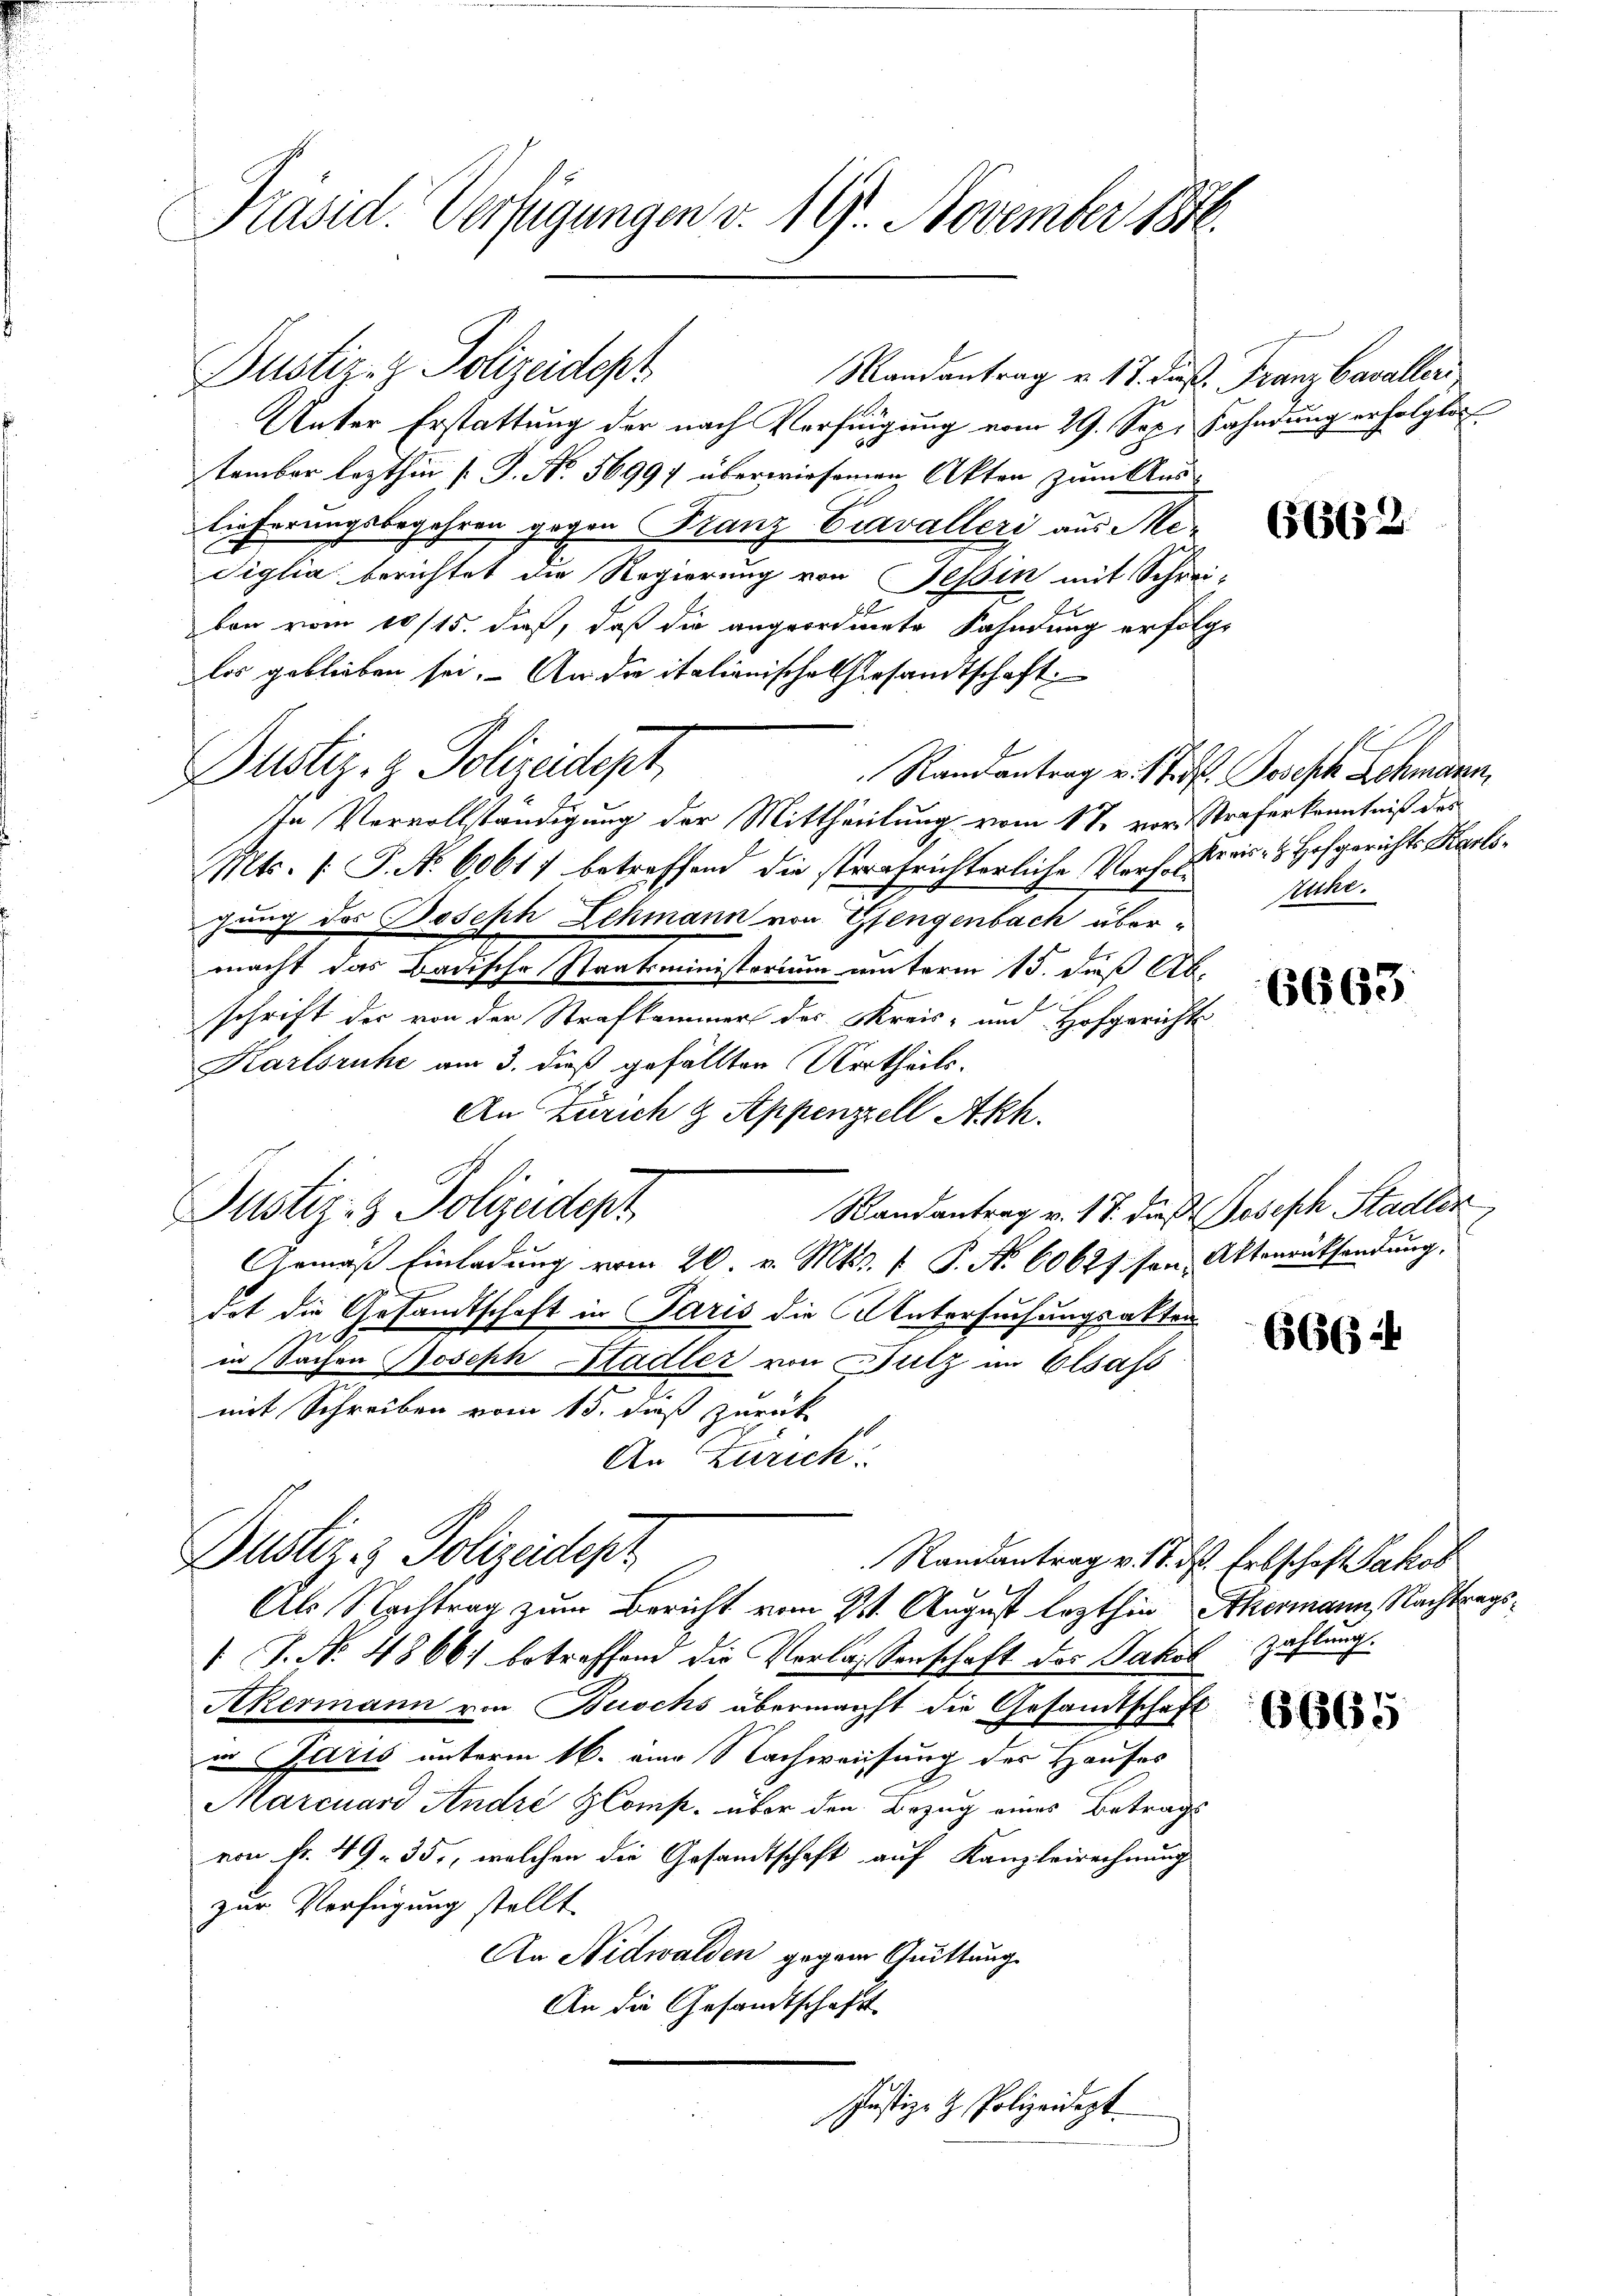
Präsid. Verfügungen v. 19. November 1816.

Justiz- & Polizeidept

Justiz- & Polizeidest

Mandantrag u. 17. Fuß. Franz Cavalleri
Unter Erstattung der nach Verfügung vom 29. Sep. Fahndung erfolglic
tember lezthin [G. No. 56997 überwiesenen Akten zum Auslieferungsbegehren gegen Franz Cravalleri aus Me-
Siglia berichtet die Regierung von Tessin mit Schrei-
E
ben vom 10/15. dieß, daß die angeordnete Fahnung erfolgt
los geblieben sei. An die italionische hiesandtschaft
Randantrag v. 1 Tit. Joseph Lehmann,
In Vervollständigung der Mittheilung vom 17. vor Straferkenntniß des
Mts. [ P. No 60617 betreffend die strafrichterliche Vors. Kreis- & Hofgerichts Karlsgung des Joseph Lehmann von Gfengenbach übermacht das Badische Staatsministorium unterm 15. Fuß Ab.
schrift der von der Strafkammer des Kreis- und Hofgerichts
Karlsruhe am 3. dieß gefällten Urtheils-
An Zürich & Appenzell Akh.
Justiz- & Polizeidept
Randantrag v. 17. dieß Joseph Stadler
Gemäß Einladung vom 20. v. Mts. 1 P. Nr. 60627 sen Aktenrücksendung.
dot die Gesandtschaft in Paris die Untersuchungsakten.
in Sachen Joseph Stadler von Putz im Elsass
mit Schreiben vom 15. dieß zurück
An Zürich:
Dustiz- & Polizeidep
Randantrag v. 18. d. Erbschaft Jakob
Als Nachtrag zum Bericht vom 2t. August lezthin Akermann, Nachtrags¬
1 J. No. 4866 betreffend die Verlassenschaft des Jakob Zahlung.
Akermann von Buschs übermacht die Gesamtschaft
in Paris unterm 16. ein Nachweisung des Hauses
Marcuard André HComp. über den Bezug eines Betrags
von Fr. 49. 35, welchen die Gesandtschaft auf Kanzleirechnung
zur Verfügung stellt.
An Nidwalden gegen Quittung
An die Gesandtschaft
Justiz- & Polizeidept

6662.

ruche.

6663

6664

6665